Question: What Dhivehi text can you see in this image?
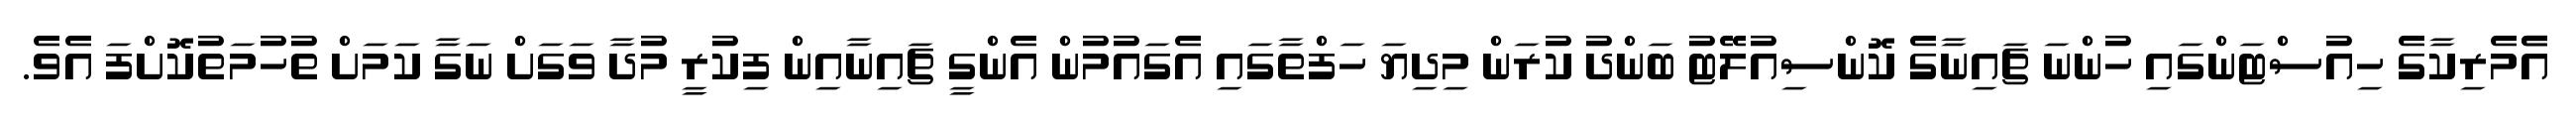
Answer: އެެމެރިކާގެ ހިއުސްޓަންގައި ހުންނަ ޗައިނާގެ ކޮންސިއުލޭޓު ބަންދު ކުރަން މިދިޔަ ހަފްތާގައި އެގައުމުން އެންގީ ޗައިނާއިން ފިކުރީ މުދާ ވަގަށް ނަގާ ކަމަށް ތުހުމަތުކޮށްފަ އެވެ.